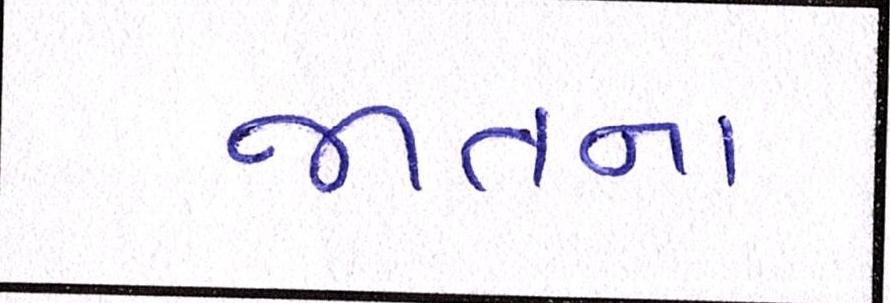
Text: જાતના